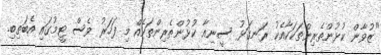
"ޒުވާން ކުޅުންތެރިންތަކަކާއެކު ރަނގަޅު ސީނިއާ ކުޅުންތެރިންތަކެއް މި ފަހަރު ވެސް ޓީމުގައި އެބަތިބި.